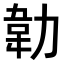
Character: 𭄵